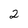
Character: 2